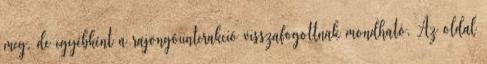
meg, de egyébként a rajongóiinterakció visszafogottnak mondható. Az oldal